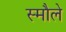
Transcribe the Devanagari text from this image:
स्मौले